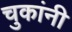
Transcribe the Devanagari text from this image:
चुकांनी